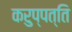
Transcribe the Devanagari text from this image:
करुप्पत्ति